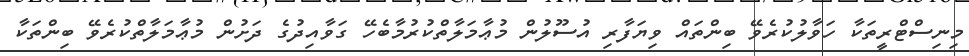
މިނިސްޓްރީތަކާ ހަވާލުކުރެވޭ ބިންތައް ވިޔަފާރި އުސޫލުން މުޢާމަލާތްކުރުމާބެހޭ ގަވާއިދުގެ ދަށުން މުޢާމަލާތްކުރެވޭ ބިންތަކާ